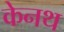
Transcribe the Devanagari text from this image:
केनथ